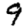
Digit: 9